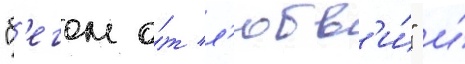
"б'егом о́т л'юбв'и́" и́